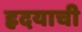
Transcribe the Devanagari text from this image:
ह्रदयाची